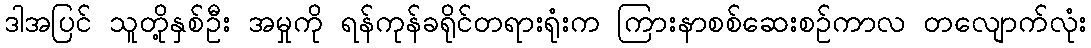
ဒါအပြင် သူတို့နှစ်ဦး အမှုကို ရန်ကုန်ခရိုင်တရားရုံးက ကြားနာစစ်ဆေးစဉ်ကာလ တလျောက်လုံး